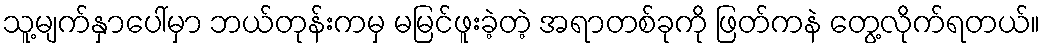
သူ့မျက်နှာပေါ်မှာ ဘယ်တုန်းကမှ မမြင်ဖူးခဲ့တဲ့ အရာတစ်ခုကို ဖြတ်ကနဲ တွေ့လိုက်ရတယ်။